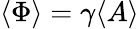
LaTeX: \langle{\Phi}\rangle=\gamma\langle{A}\rangle